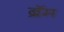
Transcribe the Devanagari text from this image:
ब्रॅम